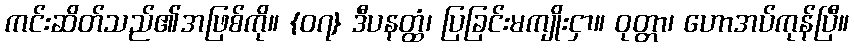
ကင်းဆိတ်သည်၏အဖြစ်ကို။ {၀၇} ဒီပနတ္ထံ၊ ပြခြင်းမကျိုးငှာ။ ဝုတ္တာ၊ ဟောအပ်ကုန်ပြီ။